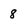
Character: 8